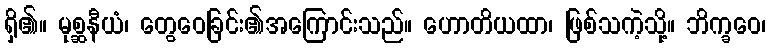
ရှိ၏။ မုစ္ဆနီယံ၊ တွေဝေခြင်း၏အကြောင်းသည်။ ဟောတိယထာ၊ ဖြစ်သကဲ့သို့။ ဘိက္ခဝေ၊